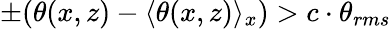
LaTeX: \pm(\theta(x,z)-\langle\theta(x,z)\rangle_{x})>c\cdot\theta_{rms}